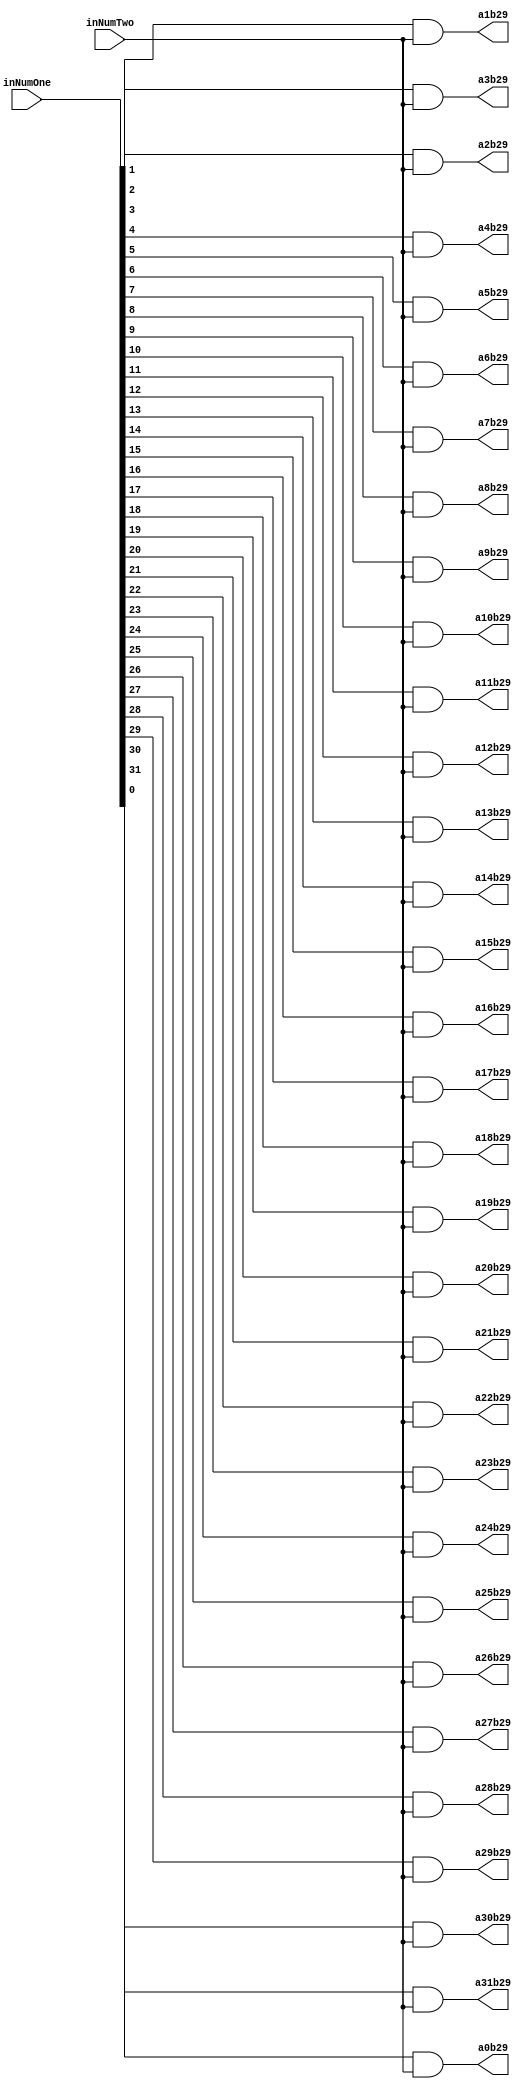
`timescale 1ns / 1ps

module PartialProductRow29(inNumOne,inNumTwo,a0b29,a1b29,a2b29,a3b29,a4b29,a5b29,a6b29,a7b29,a8b29,a9b29,a10b29,a11b29,a12b29,a13b29,a14b29,a15b29,a16b29,a17b29,a18b29,a19b29,a20b29,a21b29,a22b29,a23b29,a24b29,a25b29,a26b29,a27b29,a28b29,a29b29,a30b29,a31b29);
input [31:0] inNumOne;
input inNumTwo;
output reg a0b29,a1b29,a2b29,a3b29,a4b29,a5b29,a6b29,a7b29,a8b29,a9b29,a10b29,a11b29,a12b29,a13b29,a14b29,a15b29,a16b29,a17b29,a18b29,a19b29,a20b29,a21b29,a22b29,a23b29,a24b29,a25b29,a26b29,a27b29,a28b29,a29b29,a30b29,a31b29;

always@(inNumOne,inNumTwo)begin
	a0b29 <= inNumOne[0] & inNumTwo;
	a1b29 <= inNumOne[1] & inNumTwo;
	a2b29 <= inNumOne[2] & inNumTwo;
	a3b29 <= inNumOne[3] & inNumTwo;
	a4b29 <= inNumOne[4] & inNumTwo;
	a5b29 <= inNumOne[5] & inNumTwo;
	a6b29 <= inNumOne[6] & inNumTwo;
	a7b29 <= inNumOne[7] & inNumTwo;
	a8b29 <= inNumOne[8] & inNumTwo;
	a9b29 <= inNumOne[9] & inNumTwo;
	a10b29 <= inNumOne[10] & inNumTwo;
	a11b29 <= inNumOne[11] & inNumTwo;
	a12b29 <= inNumOne[12] & inNumTwo;
	a13b29 <= inNumOne[13] & inNumTwo;
	a14b29 <= inNumOne[14] & inNumTwo;
	a15b29 <= inNumOne[15] & inNumTwo;
	a16b29 <= inNumOne[16] & inNumTwo;
	a17b29 <= inNumOne[17] & inNumTwo;
	a18b29 <= inNumOne[18] & inNumTwo;
	a19b29 <= inNumOne[19] & inNumTwo;
	a20b29 <= inNumOne[20] & inNumTwo;
	a21b29 <= inNumOne[21] & inNumTwo;
	a22b29 <= inNumOne[22] & inNumTwo;
	a23b29 <= inNumOne[23] & inNumTwo;
	a24b29 <= inNumOne[24] & inNumTwo;
	a25b29 <= inNumOne[25] & inNumTwo;
	a26b29 <= inNumOne[26] & inNumTwo;
	a27b29 <= inNumOne[27] & inNumTwo;
	a28b29 <= inNumOne[28] & inNumTwo;
	a29b29 <= inNumOne[29] & inNumTwo;
	a30b29 <= inNumOne[30] & inNumTwo;
	a31b29 <= inNumOne[31] & inNumTwo;
end

endmodule